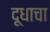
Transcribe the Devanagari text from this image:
दूधाचा